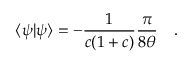
\langle \psi \vert \psi \rangle = - \frac { 1 } { c ( 1 + c ) } \frac { \pi } { 8 \theta } \quad .